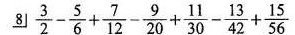
8 $$\frac { 3 } { 2 } - \frac { 5 } { 6 } + \frac { 7 } { 1 2 } - \frac { 9 } { 2 0 } + \frac { 1 1 } { 3 0 } - \frac { 1 3 } { 4 2 } + \frac { 1 5 } { 5 6 }$$